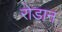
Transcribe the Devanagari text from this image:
रोडान